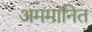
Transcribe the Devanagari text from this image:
अममानित